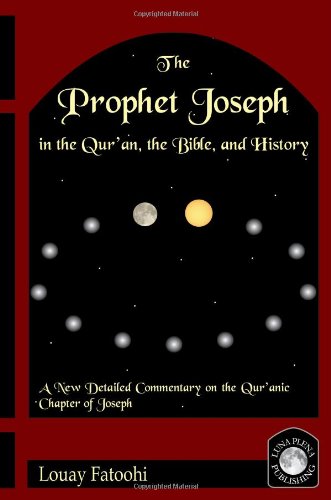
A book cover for The Prophet Joseph in the Qur'an, the Bible, and History; Louay Fatoohi; Teen & Young Adult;